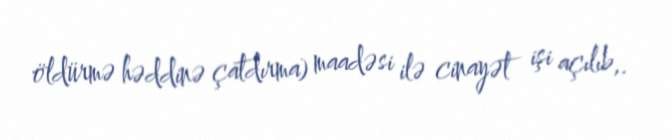
öldürmə həddinə çatdırma) maadəsi ilə cinayət işi açılıb,.